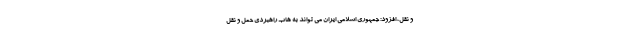
و نقل، افزود: جمهوری اسلامی ایران می تواند به هاب راهبردی حمل و نقل